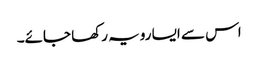
اس سے ایسا رویہ رکھا جائے۔